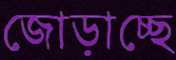
জোড়াচ্ছে